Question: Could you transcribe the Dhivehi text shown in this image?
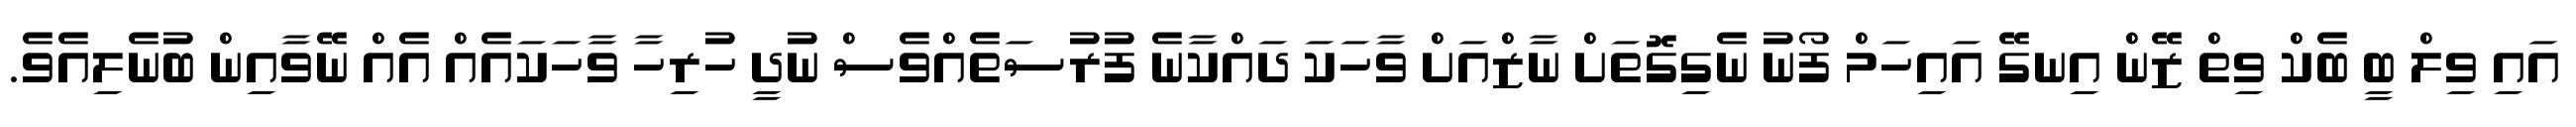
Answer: އައި ވިލް ބީ ބެކް ވިތް ޒޭން އިނގޭ އައިހަމް ފޯނު ނެގިގޮތަށް ނާޒްއަށް ވާހަކަ ދައްކާނެ ފުރުސަތެއްވެސް ނުދީ ހުރިހާ ވާހަކައެއް އެއް ނޭވާއިން ބުނެލިއެވެ.